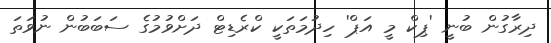
ދިރާގުން ބުނީ 'ޕިކް މީ އަޕް' ހިދުމަތަކީ ކްރެޑިޓް ދަށްވުމުގެ ސަބަބުން ނުވަތަ